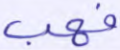
فهب